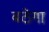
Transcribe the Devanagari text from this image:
बठेगा